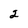
Character: 2